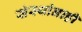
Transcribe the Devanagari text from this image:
संस्थांनाही